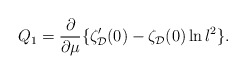
\begin{align*}Q_1 = \frac{\partial}{\partial\mu} \{\zeta_{\cal D}'(0) -\zeta_{\cal D}(0)\ln l^2 \}. \end{align*}